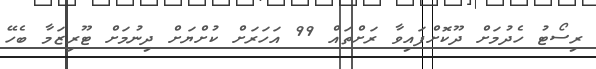
ރިސޯޓު ހެދުމަށް ދޫކޮށްފައިވާ ރަށްތައް 99 އަހަރަށް ކުށްޔަށް ދިނުމަށް ޓޫރިޒަމާ ބެހޭ